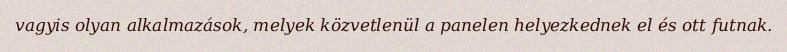
vagyis olyan alkalmazások, melyek közvetlenül a panelen helyezkednek el és ott futnak.